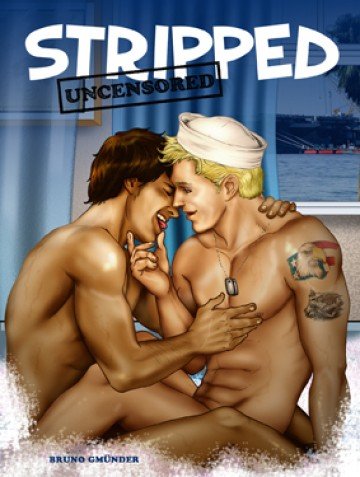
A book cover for Stripped Uncensored; Bruno Gmunder Verlag; Comics & Graphic Novels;